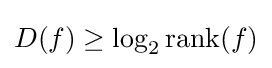
D(f)\geq \log _{2}\operatorname {rank} (f)